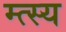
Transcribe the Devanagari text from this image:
म्त्स्य